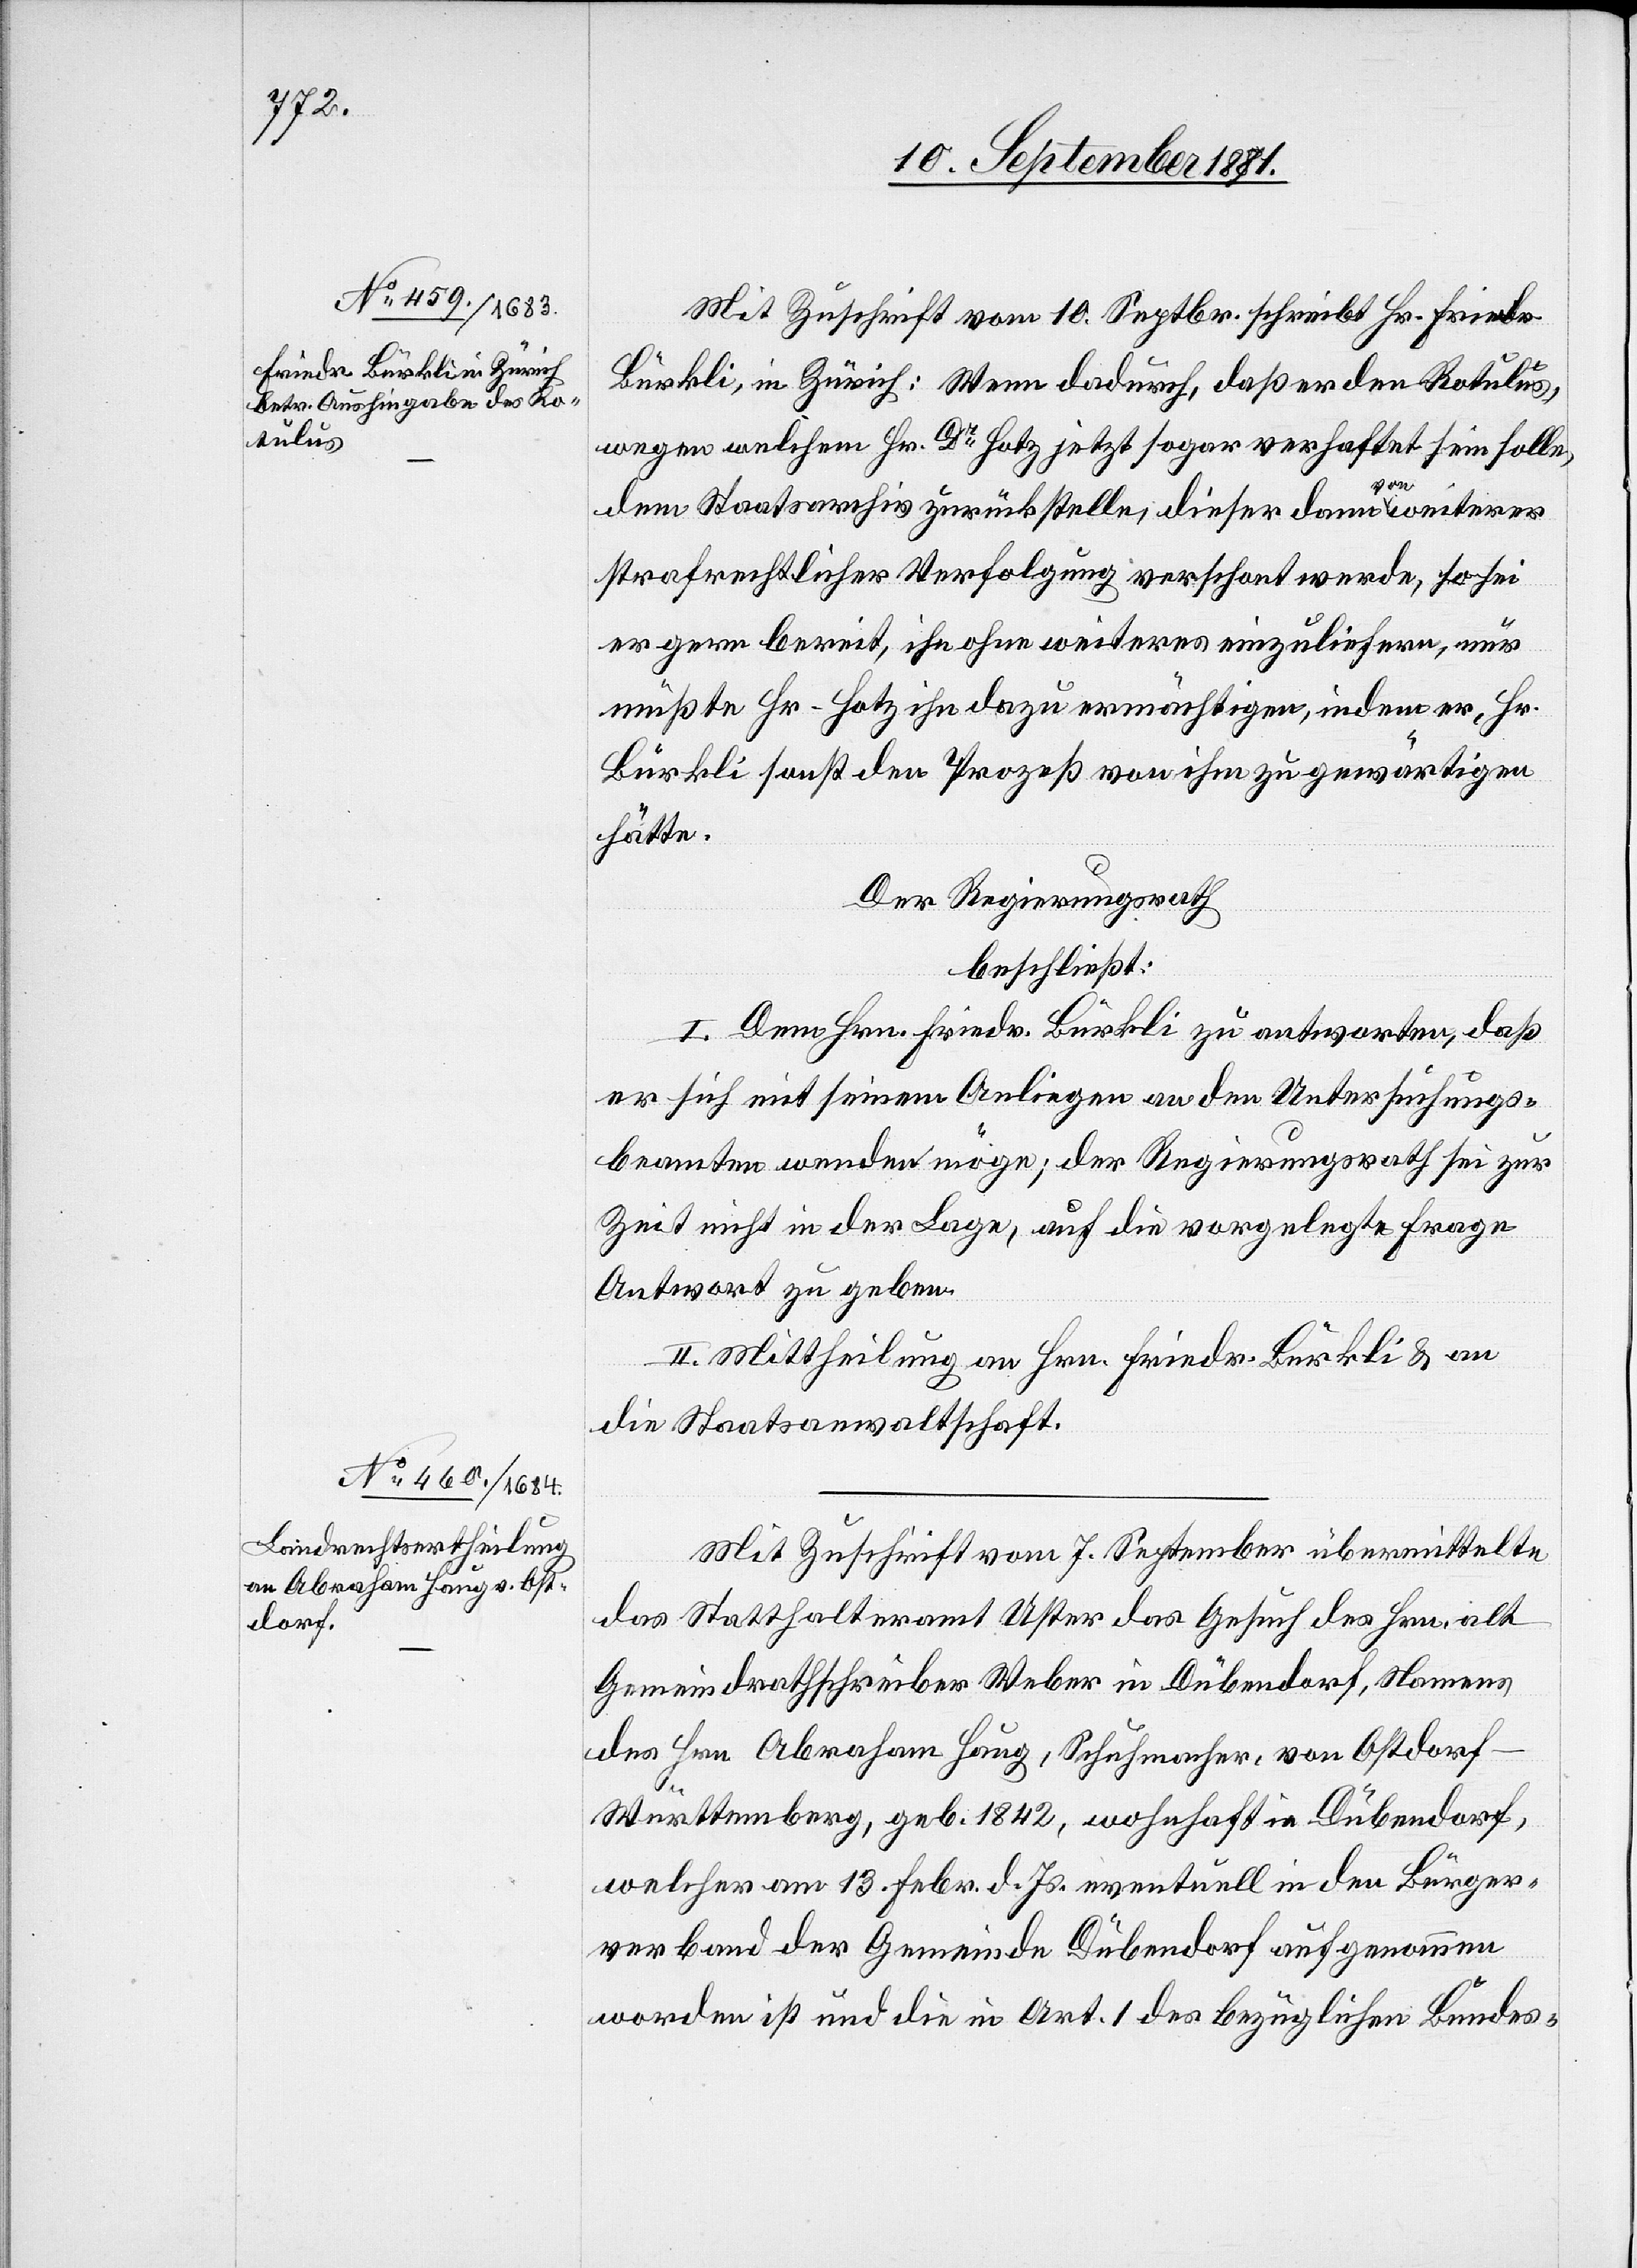
Mit Zuschrift vom 10. Septbr. schreibt Hr. Friedr.
Bürkli, in Zürich: Wenn dadurch, daß er den Rotulus,
wegen welchem Hr. Dr Hotz jetzt sogar verhaftet sein solle,
dem Staatsarchiv zurückstelle, dieser dann von weiterer
strafrechtlicher Verfolgung verschont werde, so sei
er gern bereit, ihn ohne weiteres einzuliefern, nur
müßte Hr. Hotz ihn dazu ermächtigen, indem er Hr.
Bürkli sonst den Prozeß von ihm zu gewärtigen
hätte.
Der Regierungsrath
beschließt:
I. Dem Hrn. Friedr. Bürkli zu antworten, daß
er sich mit seinem Anliegen an den Untersuchungs¬
beamten wenden möge; der Regierungsrath sei zur
Zeit nicht in der Lage, auf die vorgelegte Frage
Antwort zu geben.
II. Mittheilung an Hrn. Friedr. Bürkli & an
die Staatsanwaltschaft.
Mit Zuschrift vom 7. September übermittelte
das Statthalteramt Uster das Gesuch des Hrn. alt
Gemeindrathschreiber Weber in Dübendorf, Namens
des Hrn. Abraham Haug, Schuhmacher, von Ostdorf
Württemberg, geb. 1842, wohnhaft in Dübendorf,
welcher am 13. Febr. d. Js. eventuell in den Bürger¬
verband der Gemeinde Dübendorf aufgenommen
worden ist und die in Art. 1 des bezüglichen Bundes-